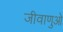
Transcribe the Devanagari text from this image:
जीवाणुओ